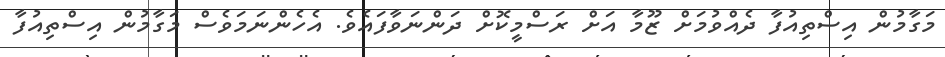
މަގާމުން އިސްތިއުފާ ދެއްވުމަށް ޒޫމާ އަށް ރަސްމީކޮށް ދަންނަވާފައެވެ. އެހެންނަމަވެސް މަގާމުން އިސްތިއުފާ